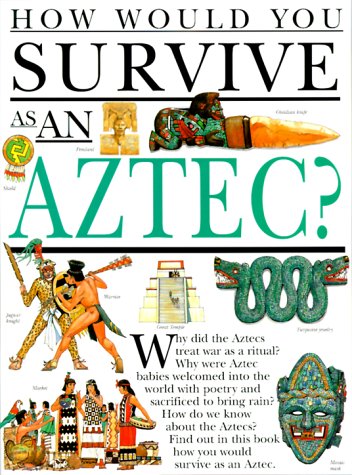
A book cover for Hwys...Aztec (How Would You Survive?); Fiona McDonald; Children's Books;